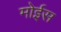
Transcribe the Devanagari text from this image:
मोईस